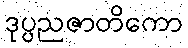
ဒုပ္ပညဇာတိကော